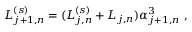
L _ { j + 1 , n } ^ { ( s ) } = ( L _ { j , n } ^ { ( s ) } + L _ { j , n } ) \alpha _ { j + 1 , n } ^ { 3 } ~ ,